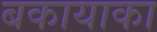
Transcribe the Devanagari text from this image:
बकायाका